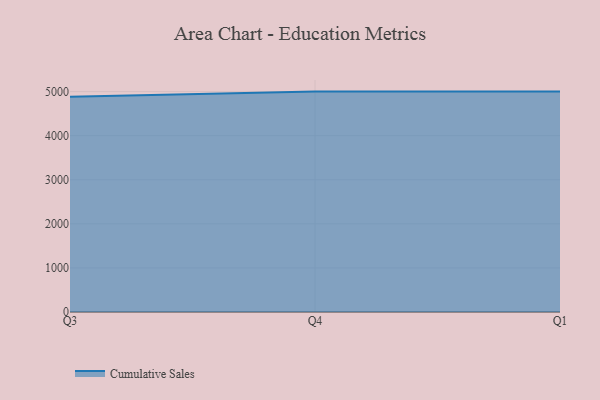
{"axis": {"x": "Quarter", "y": "Shipments"}, "legend": ["Cumulative Sales"], "data": [{"x": "Q3", "y": 4884.2, "type": "Cumulative Sales"}, {"x": "Q4", "y": 5000, "type": "Cumulative Sales"}, {"x": "Q1", "y": 5000, "type": "Cumulative Sales"}]}